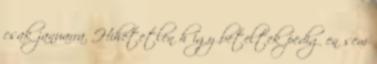
csak januarra. Hihetetlen h igy beteltek pedig en sem